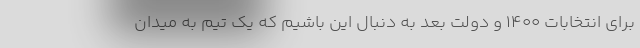
برای انتخابات ۱۴۰۰ و دولت بعد به دنبال این باشیم که یک تیم به میدان